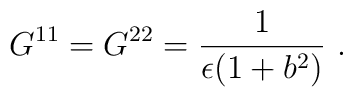
G^{11}=G^{22}=\frac{1}{\epsilon(1+b^{2})}~.